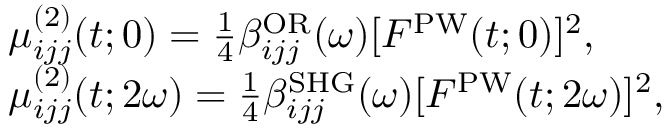
\begin{array} { r l } & { \mu _ { i j j } ^ { ( 2 ) } ( t ; 0 ) = \frac { 1 } { 4 } \beta _ { i j j } ^ { \mathrm { O R } } ( \omega ) [ F ^ { \mathrm { P W } } ( t ; 0 ) ] ^ { 2 } , } \\ & { \mu _ { i j j } ^ { ( 2 ) } ( t ; 2 \omega ) = \frac { 1 } { 4 } \beta _ { i j j } ^ { \mathrm { S H G } } ( \omega ) [ F ^ { \mathrm { P W } } ( t ; 2 \omega ) ] ^ { 2 } , } \end{array}